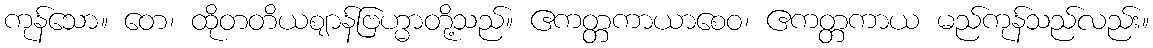
ကုန်သော။ တေ၊ ထိုတတိယဈာန်ဗြဟ္မာတို့သည်။ ဧကတ္တကာယာစေဝ၊ ဧကတ္တကာယ မည်ကုန်သည်လည်း။